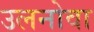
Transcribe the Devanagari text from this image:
उलनोवा